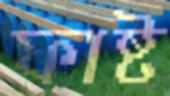
ফাষ্ট